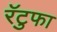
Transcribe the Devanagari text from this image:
रॅटुफा